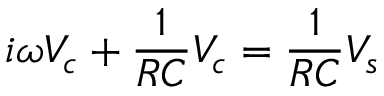
i \omega V _ { c } + { \frac { 1 } { R C } } V _ { c } = { \frac { 1 } { R C } } V _ { s }